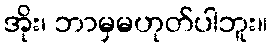
အိုး၊ ဘာမှမဟုတ်ပါဘူး။